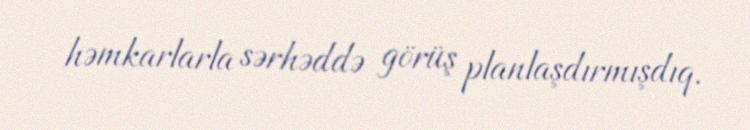
həmkarlarla sərhəddə görüş planlaşdırmışdıq.